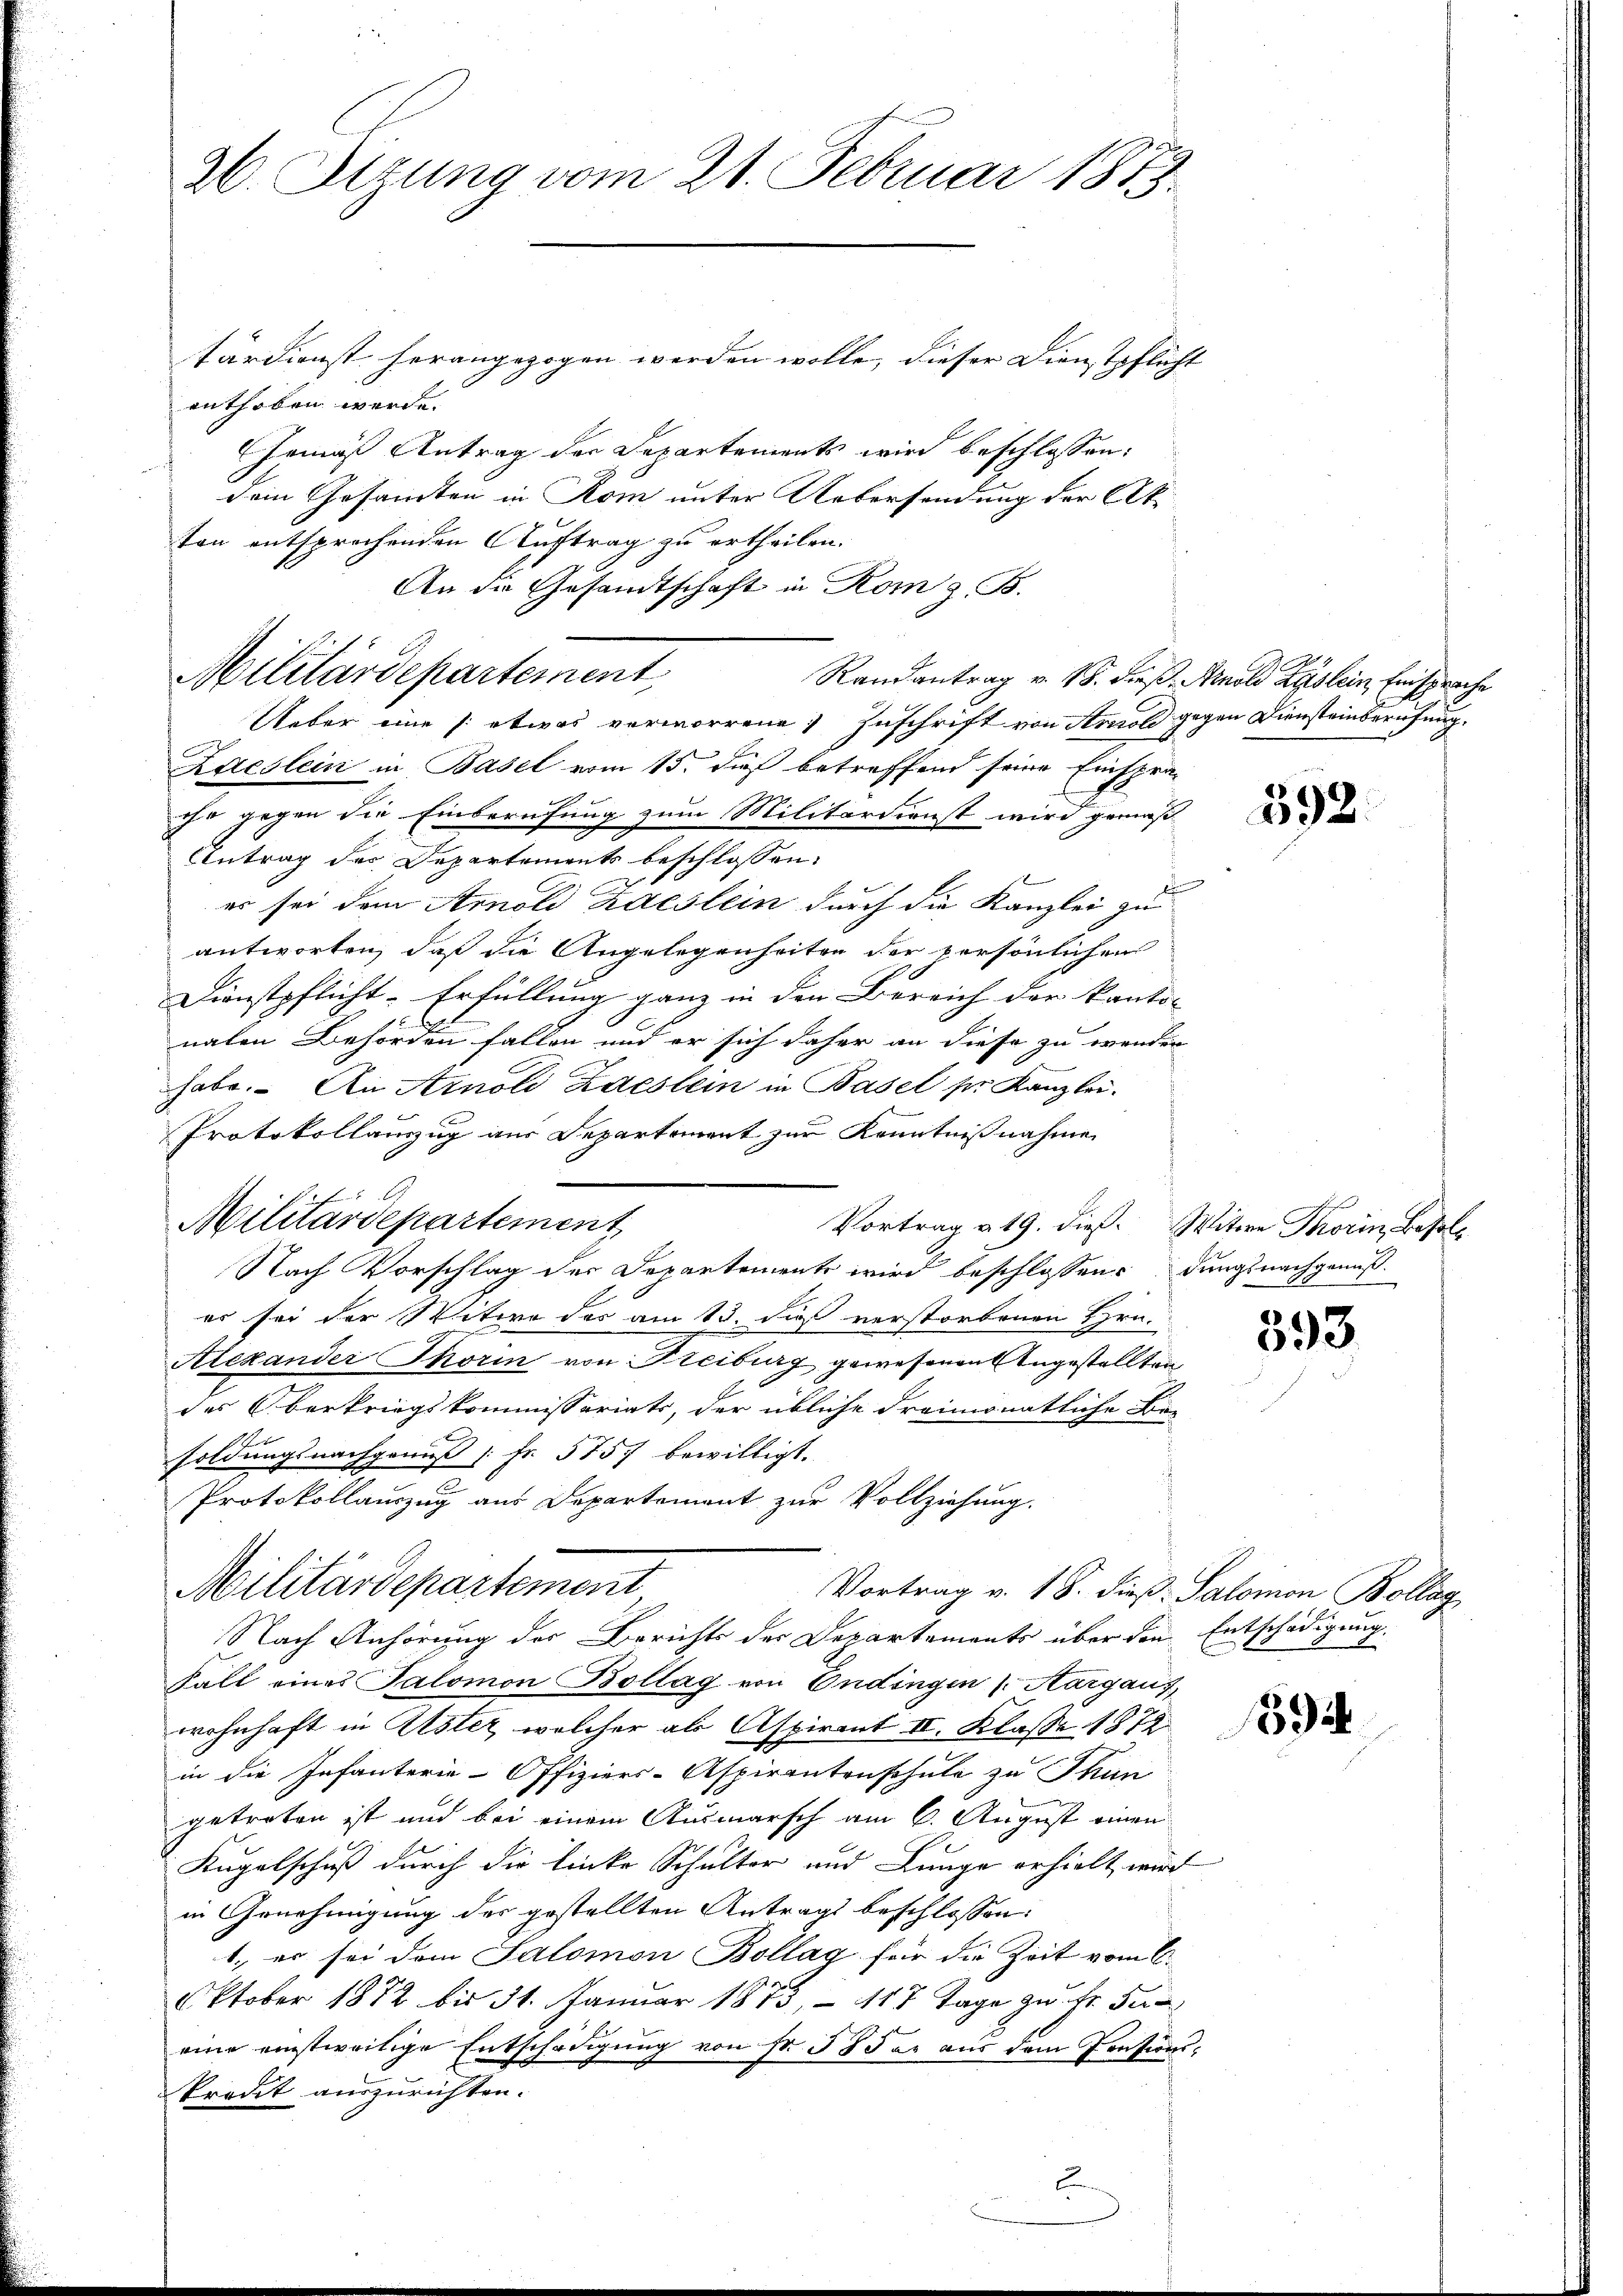
26. Stzung vom 21. Februar 1873.

tärdienst herangezogen werden wolle, dieser Dienstpflicht
enthoben werde.
Gemäß Antrag der Departements wird beschlossen:
dein Gesamten in Rom unter Uebersendung der Ak
ton entsprochenden Auftrag zu ertheilen.
An die Gesandtschaft in Rom z. B.
Ueber eine /: etwas verworrene Zuschrift von Arnold gegen Diensteinberufung.
Laeslein in Basel vom 15. dieß betreffend seine Einspra-
ihr gegen die Einberufung zum Militärdienst wird gemäß
Antrag der Departements beschlossen:
s
es sei dem Arnold Kaeslein durch die Kanzlei zu
antworten, daß die Angelegenheiten der persönlichen
Dienstpflicht-Erfüllung ganz in den Bereich der kanto- |
naten Behörden fallen und er sich daher an diese zu wenden
habe. An Arnold Laeslein in Basel pr. Kanzlei.
Protokollauszug aus Departement zur Kenntnißnahme
Militärdepartement
Vortrag a 19. dieß. Witwe Thorin, Besol¬
Nach Vorschlag der Departements wird beschlossen: dungsnachgenuß
es sei der Witwe des am 13. dieß verstorbenen Hrn.
Alexander Thorin von Freiburg gewesenen Angestellten
des Oberkriegskommissariats, der übliche dreimonatliche Be-
e
soldungsnachgenuß | Fr. 5757 bewilligt.
Protokollauszug aus Departement zur Vollziehung.
Militärdepartement
Vortrag v. 18. dieß Salomon Bollag
Nach Anhörung der Berichts der Departements über den Entschädigung
Fall eines Salomon Bollag von Endingen (Aargaus,
wohnhaft in Alster, welcher als Aspirant II. Klasse 1872
in die Infanterie-Offiziers-Aspirantenschule zu Thun
getreten ist und bei einem Ausmarsch am 6. August einen
Kugelschuß durch die linke Schulter und Lunge erhielt wird
in Genehmigung des gestellten Antrags beschlossen:
1., er sei dem Salomon Bollag für die Zeit vom C.
Oktober 1872 bis 31. Januar 1873, 117 Tage zu Fr. Ju
eine einstweitige Entschädigung von Fr. 53 der aus dem Pensionskredit auszurichten.

Militärdepartement,

Randantrag v. 18. dieß. Arnold Rgslein Einsprache

392.

393.

594